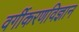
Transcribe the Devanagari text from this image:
वर्गीकरणविज्ञान